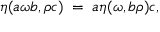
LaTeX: \eta ( a \omega b , \rho c ) \; = \; a \eta ( \omega , b \rho ) c ,